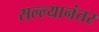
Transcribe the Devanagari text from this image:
सल्ल्यानंतर